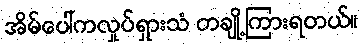
အိမ်ပေါ်ကလှုပ်ရှားသံ တချို့ကြားရတယ်။